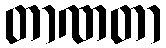
တာဏတာ